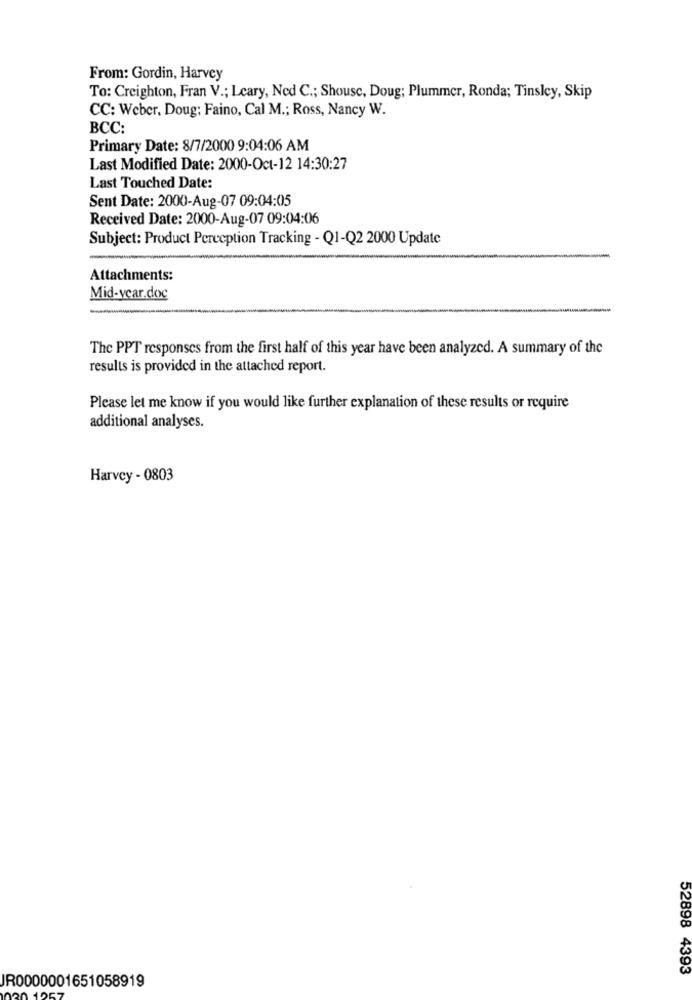
From: Gordin, Harvey
To: Creighton, Fran V .; Leary, Ned C .; Shouse, Doug; Plummer, Ronda; Tinsley, Skip
CC: Weber, Doug; Faino, Cal M .; Ross, Nancy W.
BCC:
Primary Date: 8/7/2000 9:04:06 AM
Last Modified Date: 2000-Oct-12 14:30:27
Last Touched Date:
Sent Date: 2000-Aug-07 09:04:05
Received Date: 2000-Aug-07 09:04:06
Subject: Product Perception Tracking - Q1-Q2 2000 Update
Attachments:
Mid-year.doc
The PPT responses from the first half of this year have been analyzed. A summary of the
results is provided in the attached report.
Please let me know if you would like further explanation of these results or require
additional analyses.
Harvey - 0803
52898 4393
JR0000001651058919